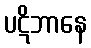
ပဋိဘာနေ